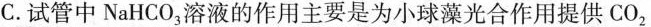
C. 试管中NaHCO_{3|溶液的作用主要是为小球藻光合作用提供CO_{2|